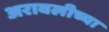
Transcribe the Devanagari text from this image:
अरावलीच्या